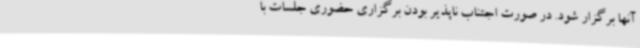
آنها برگزار شود. در صورت اجتناب ناپذیر بودن برگزاری حضوری جلسات با